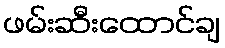
ဖမ်းဆီးထောင်ချ